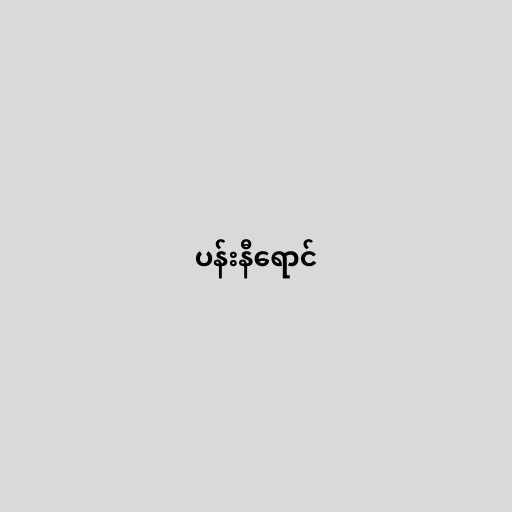
ပန်းနီရောင်